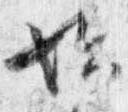
始